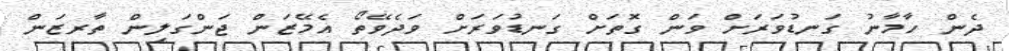
ދެން ހާމާނު ގަނޑުވަރަށް ވަން ގޮތަށް ގަނޑުވަރަށް ވަދެވޭތޯ އެމޭޒަން ޖަންގަލިން ތާރޒަން